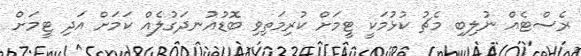
ރެސްޓެއް ނުލިބި މެޗު ކުޅުމަކީ ޓީމަށް ކުރިމަތިވި ބޮޑުއުނދަގުލެއް ކަމަށް އަދި ޓީމަށް